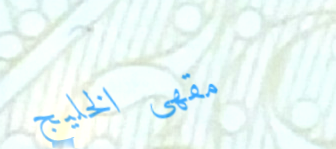
مقهى الخليج